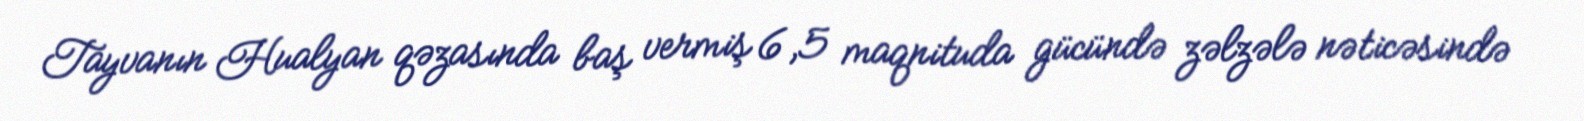
Tayvanın Hualyan qəzasında baş vermiş 6,5 maqnituda gücündə zəlzələ nəticəsində